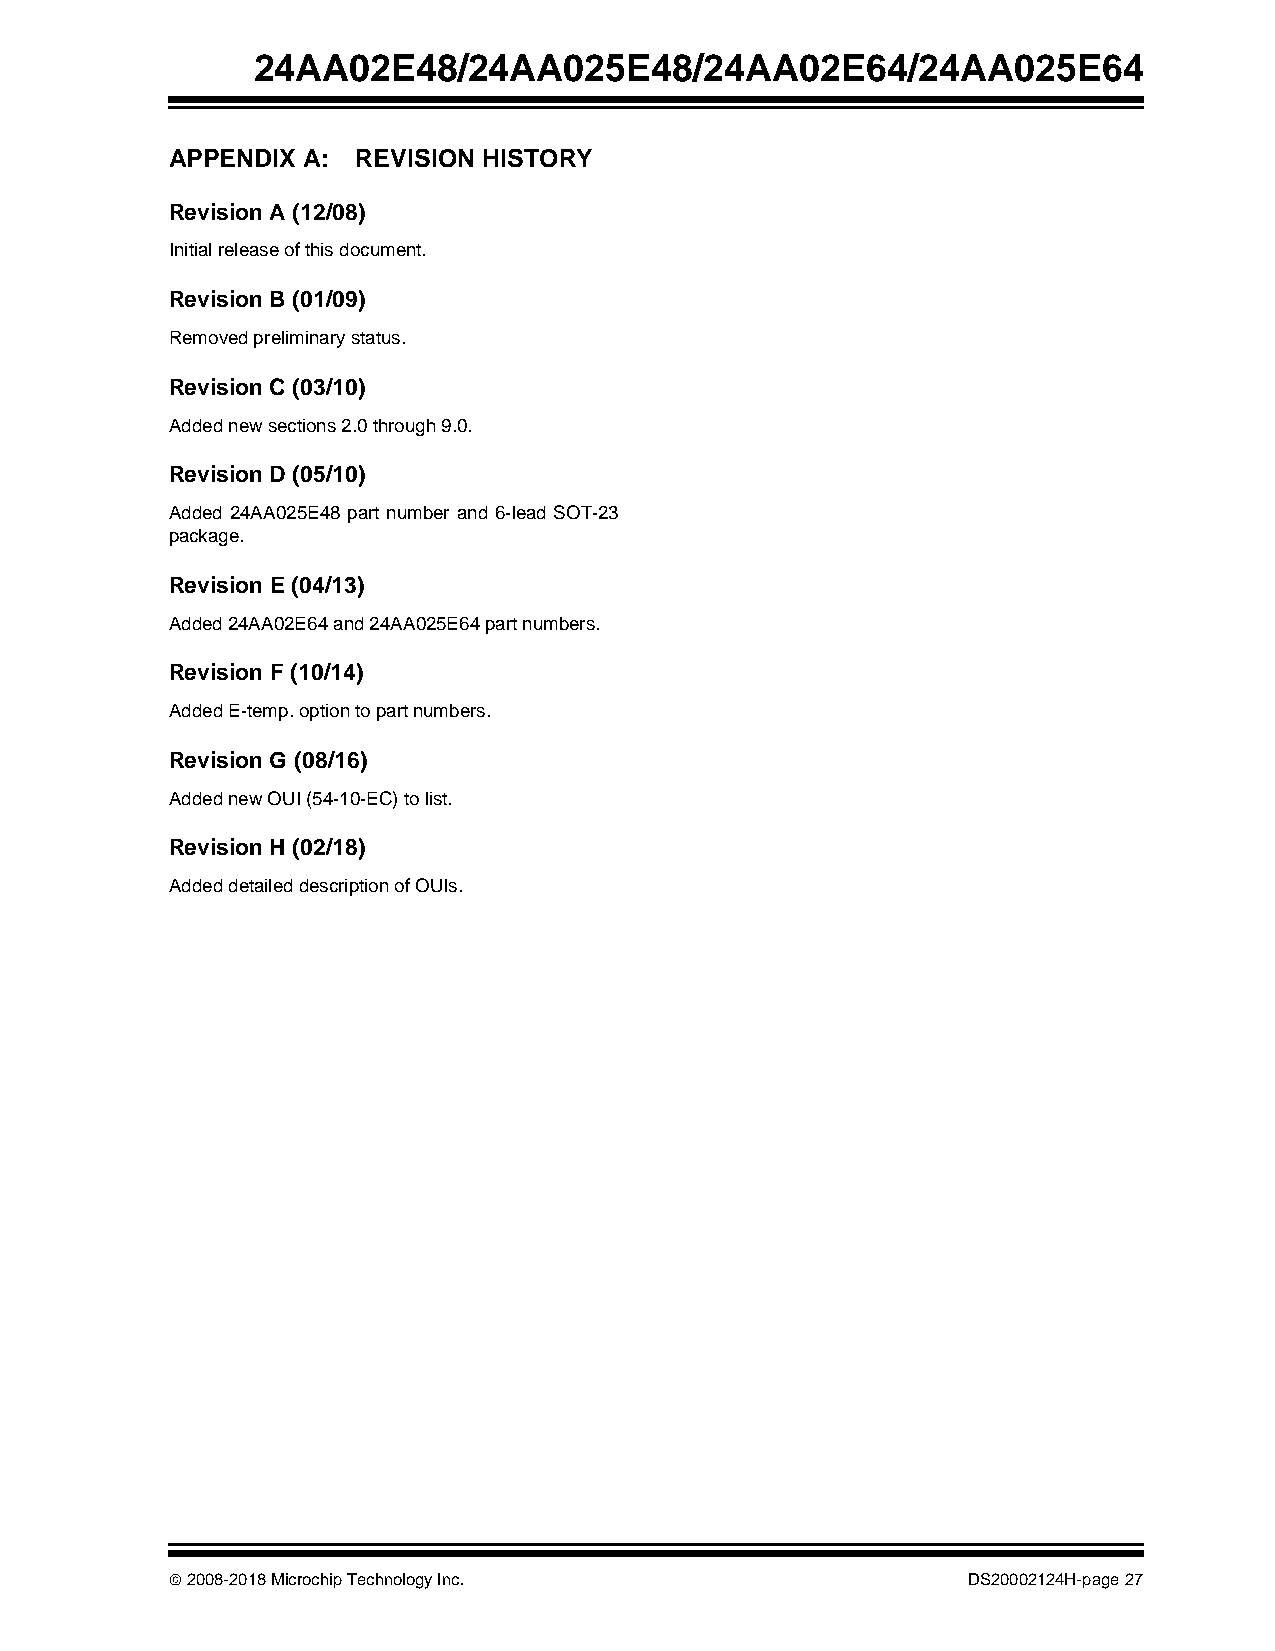
24AA02E48/24AA025E48/24AA02E64/24AA025E64
 APPENDIX A:  REVISION HISTORY
 Revision A (12/08)
 Initial release of this document.
 Revision B (01/09)
 Removed preliminary status.
 Revision C (03/10)
 Added new sections 2.0 through 9.0.
 Revision D (05/10)
 Added 24AA025E48 part number and 6-lead SOT-23
 package.
 Revision E (04/13)
 Added 24AA02E64 and 24AA025E64 part numbers.
 Revision F (10/14)
 Added E-temp. option to part numbers.
 Revision G (08/16)
 Added new OUI (54-10-EC) to list.
 Revision H (02/18)
 Added detailed description of OUIs.
  2008-2018 Microchip Technology Inc.                DS20002124H-page 27